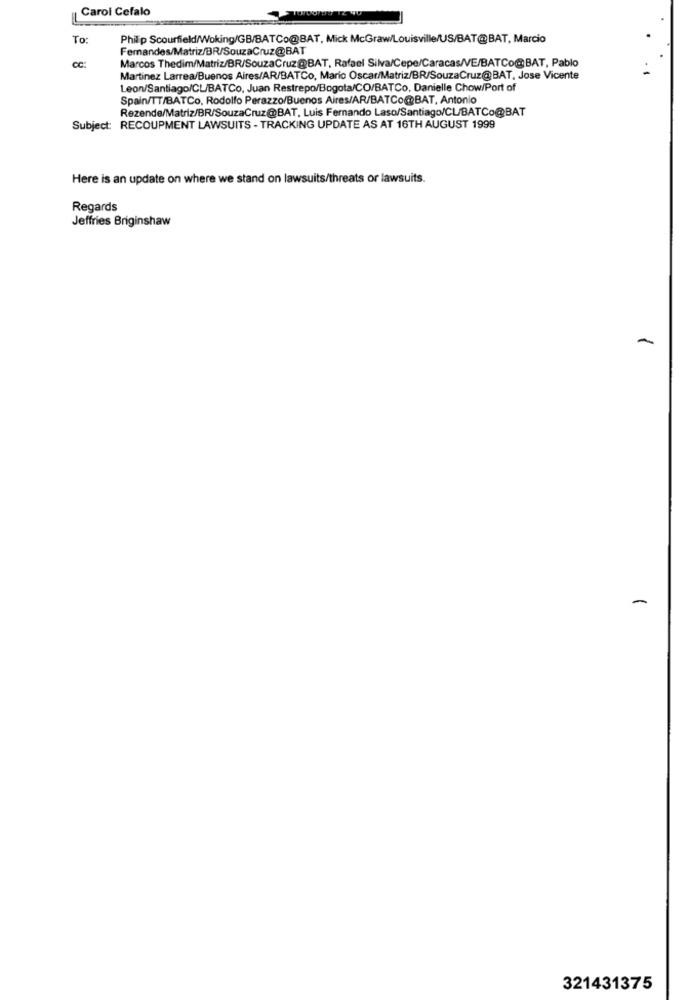
Carol Cefalo
To:
Phillip Scourfield/Woking/GB/BATCo@BAT, Mick McGraw/Louisville/US/BAT@BAT, Marcio
Fernandes/Matriz/BR/SouzaCruz@BAT
Marcos Thedim/Matriz/BR/SouzaCruz@BAT, Rafael Silva/Cepe/Caracas/VE/BATCo@BAT, Pablo
Martinez Larrea/Buenos Aires/AR/BATCo, Mario Oscar/Matriz/BR/SouzaCruz@BAT, Jose Vicente
Leon/Santiago/CL/BATCo, Juan Restrepo/Bogota/CO/BATCo, Danielle Chow/Port of
Spain/TT/BATCo. Rodolfo Perazzo/Buenos Aires/AR/BATCo@BAT, Antonio
Rezende/Matriz/BR/SouzaCruz@BAT, Luis Fernando Laso/Santiago/CL/BATCo@BAT
Subject: RECOUPMENT LAWSUITS - TRACKING UPDATE AS AT 16TH AUGUST 1999
Here is an update on where we stand on lawsuits/threats or lawsuits.
Regards
Jeffries Briginshaw
-
321431375